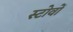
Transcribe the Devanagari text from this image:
स्टोवों